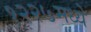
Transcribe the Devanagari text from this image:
१२२७मध्ये